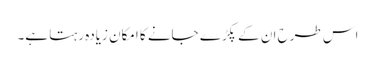
اس طرح ان کے پکڑے جانے کا امکان زیادہ رہتا ہے۔